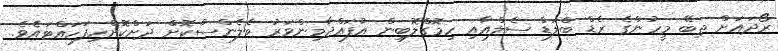
ރޯދައަށް ތިބޭ މީހުންގެ ރެޑް ބްލަޑް ސެލްއާއި ހިމޮގްލޮބިން އުފައްދާމިންވަރު ބެލެންސްކޮށް ދަށްކޮށްހިފަހައްޓައެވެ.